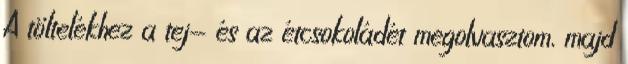
A töltelékhez a tej- és az étcsokoládét megolvasztom, majd